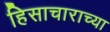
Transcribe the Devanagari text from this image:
हिसाचाराच्या